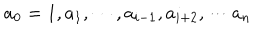
a _ { 0 } = 1 , a _ { 1 } , \cdots , a _ { i - 1 } , a _ { i + 2 } , \cdots a _ { n }